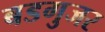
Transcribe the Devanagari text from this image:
बडगुजर